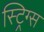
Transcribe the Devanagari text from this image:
स्ट्रिग्स